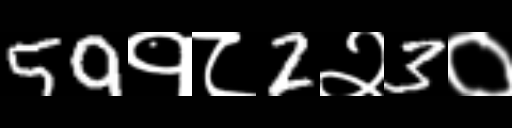
Text: 59१८2२3०